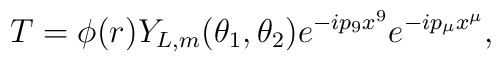
T=\phi(r)Y_{L,m}(\theta_1,\theta_2)e^{-ip_9x^9}e^{-ip_\mu x^\mu},